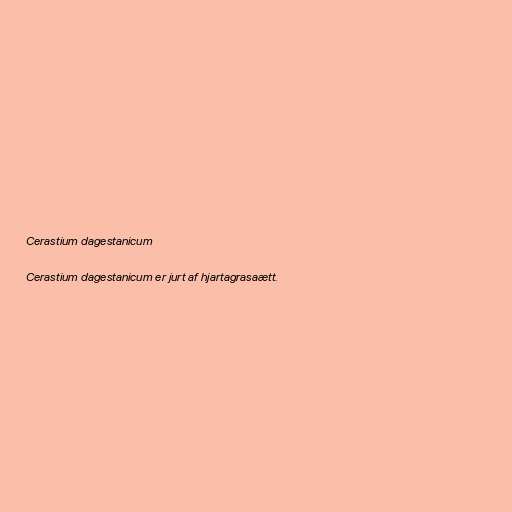
Cerastium dagestanicum

Cerastium dagestanicum er jurt af hjartagrasaætt.